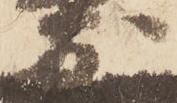
友